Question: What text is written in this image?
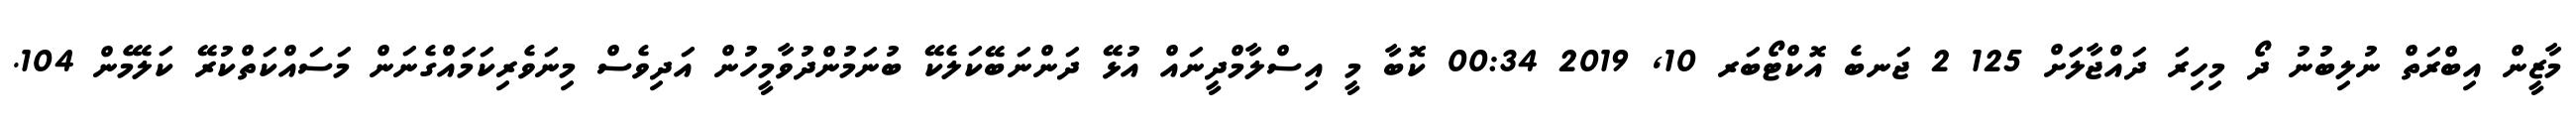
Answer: މާޒީން އިބްރަތް ނުލިބުނު ދޯ މިހިރަ ދައްޖާލަަށް 125 2 ޖަނބެ އޮކްޓޯބަރ 10, 2019 00:34 ކޮބާ މީ އިސްލާމްދީނައް އުޅޭ ދަންނަބޭކަލެކޭ ބުނަމުންދުވާމީހުން އަދިވެސް މިނަވެރިކަމައްގެނަން މަސައްކަތްކުރޭ ކަލޭމެން 104.